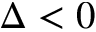
\Delta < 0